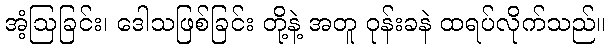
အံ့ဩခြင်း၊ ဒေါသဖြစ်ခြင်း တို့နဲ့ အတူ ဝုန်းခနဲ ထရပ်လိုက်သည်။